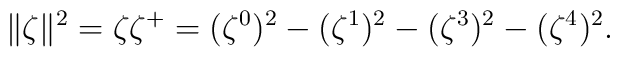
\|\zeta\|^2=\zeta {\zeta}^+=(\zeta^0)^2 - (\zeta^1)^2-(\zeta^3)^2 - (\zeta^4)^2.